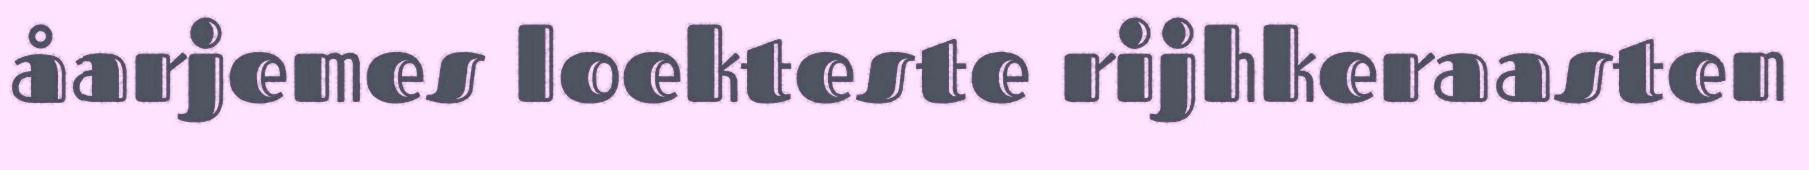
åarjemes loekteste rijhkeraasten